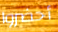
أحضروا